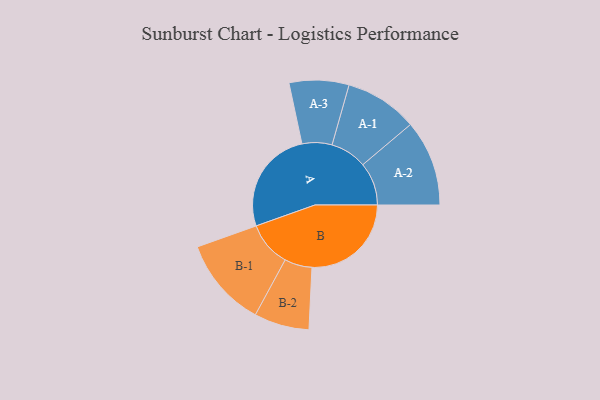
{"axis": {"x": "Segment", "y": "Value"}, "legend": ["", "A", "B"], "data": [{"x": "A", "y": 493, "type": ""}, {"x": "B", "y": 469, "type": ""}, {"x": "A-1", "y": 172, "type": "A"}, {"x": "A-2", "y": 203, "type": "A"}, {"x": "A-3", "y": 141, "type": "A"}, {"x": "B-1", "y": 212, "type": "B"}, {"x": "B-2", "y": 130, "type": "B"}]}